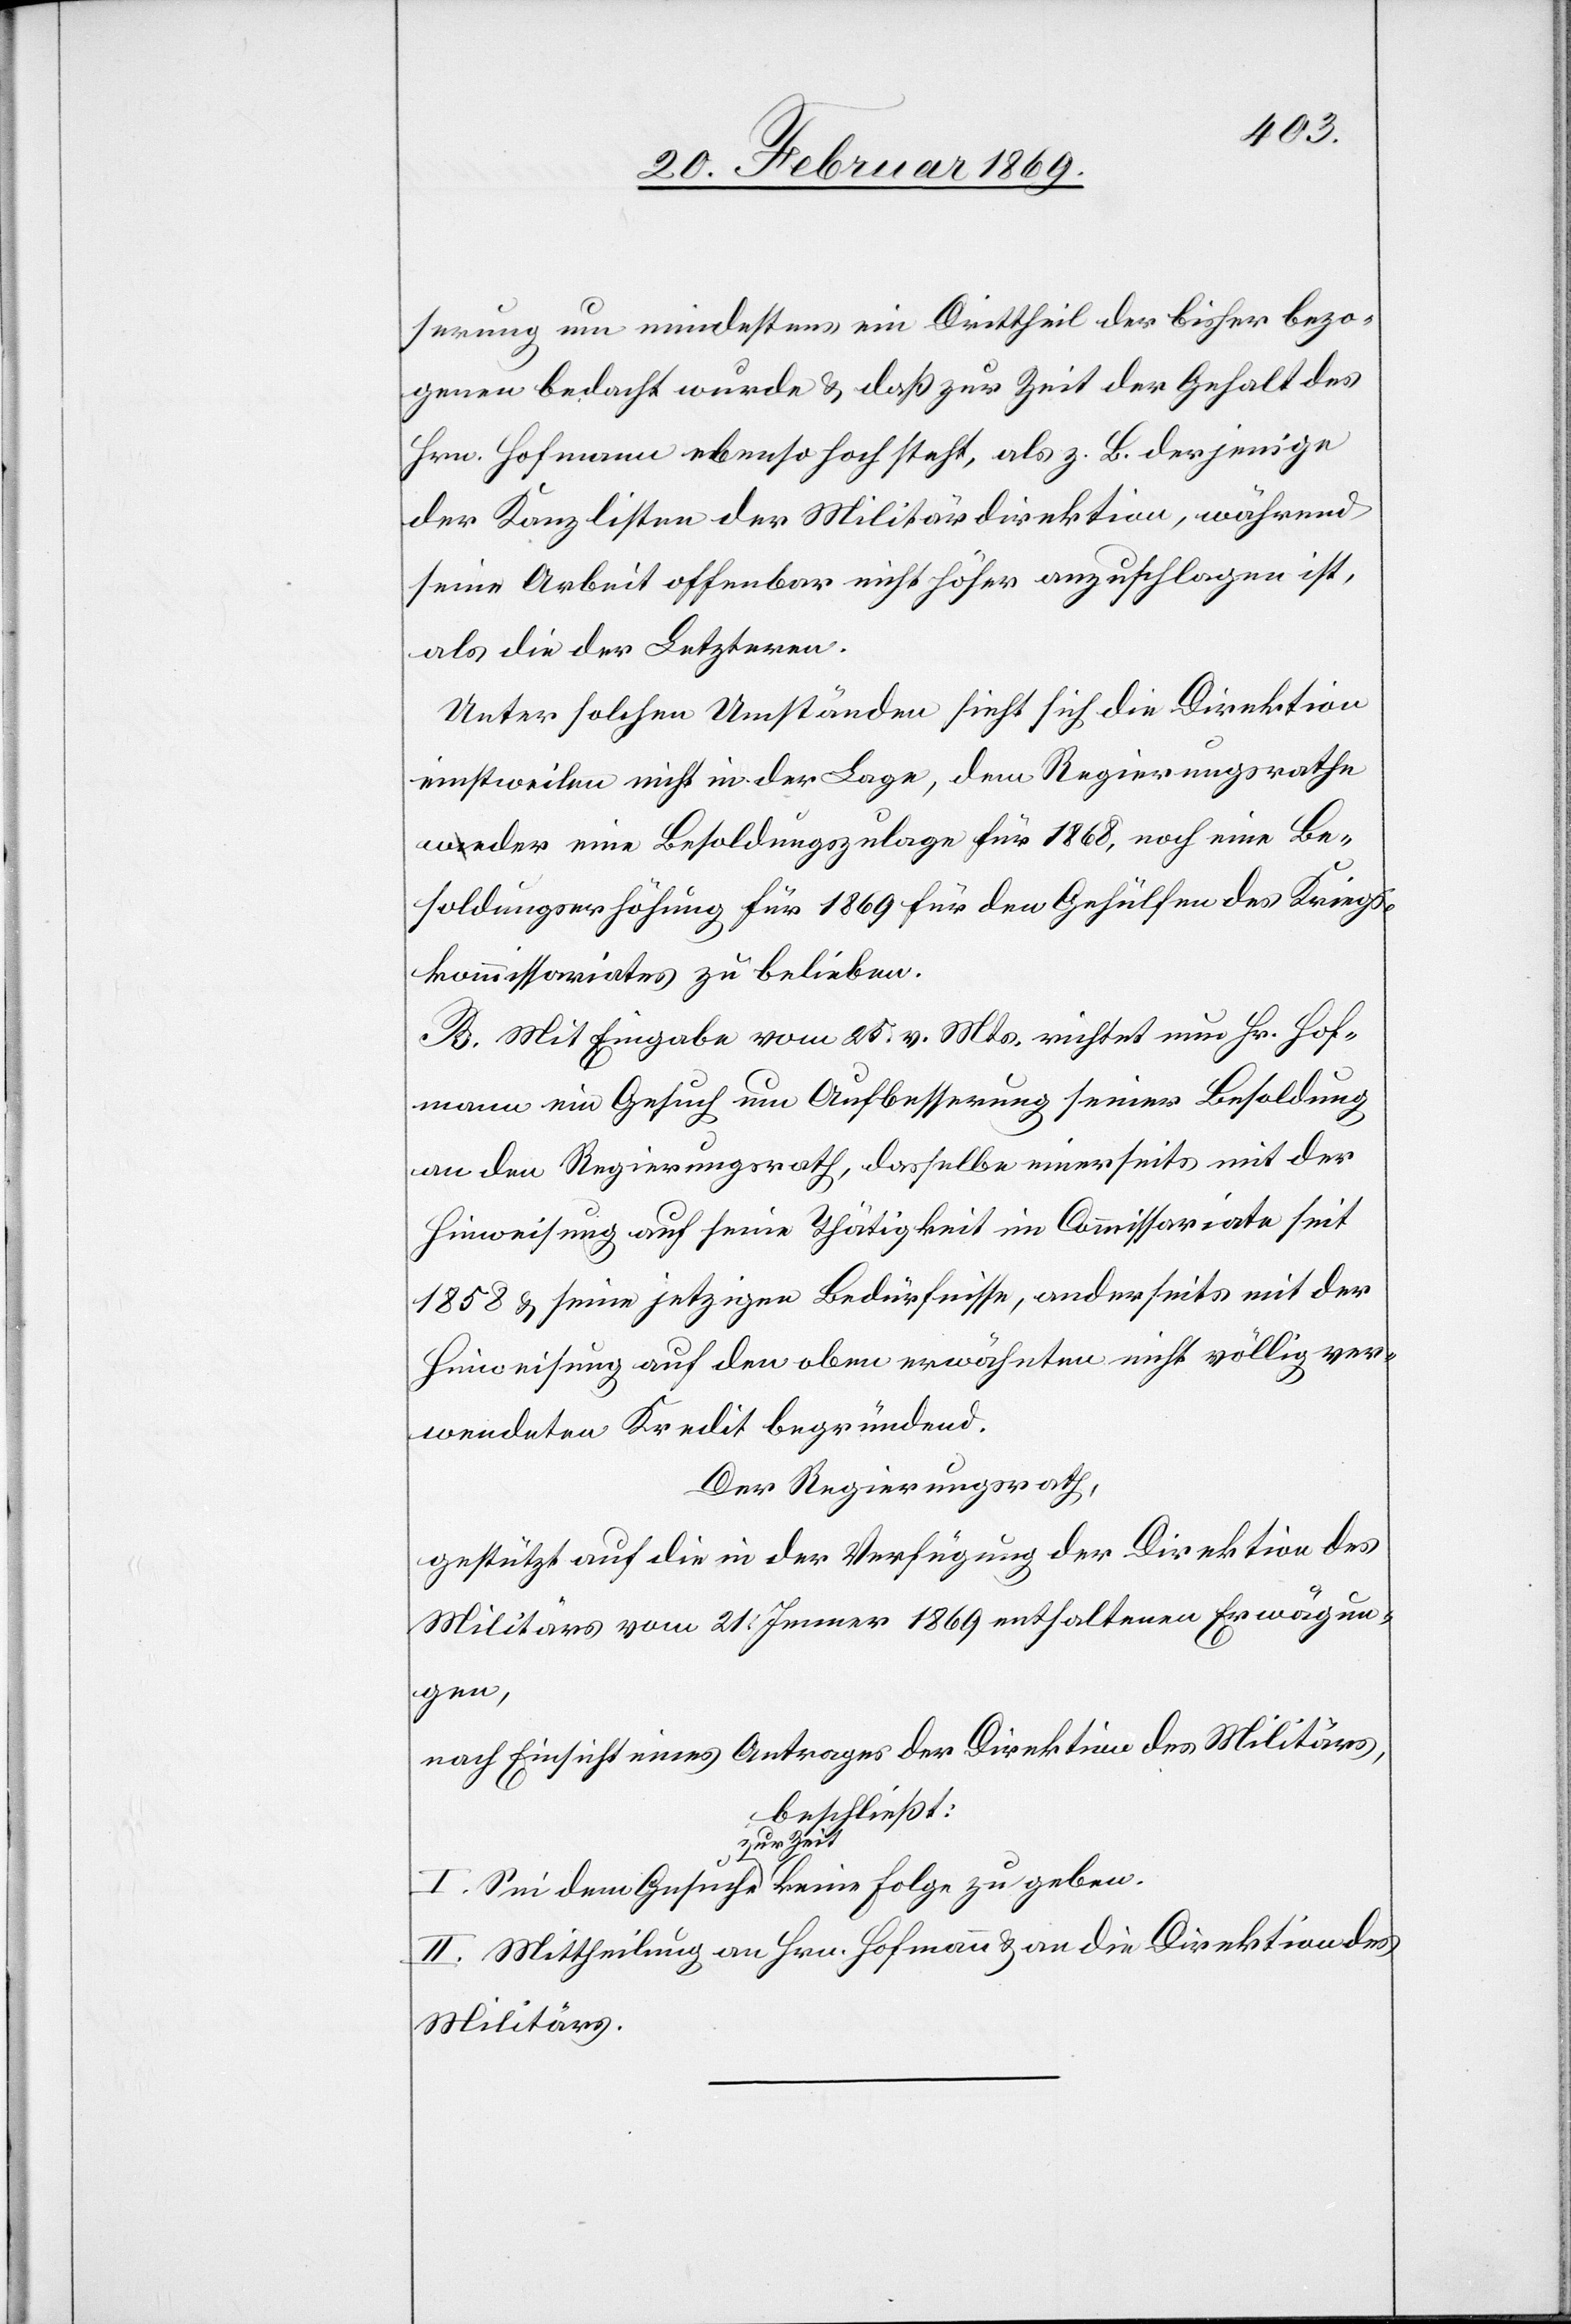
1868,
serung um mindestens ein Drittheil des bisher bezo¬
genen bedacht wurde & daß zur Zeit der Gehalt des
Hrn. Hofmann ebenso hoch steht, als z. B. derjenige
der Kanzlisten der Militärdirektion, während
seine Arbeit offenbar nicht höher anzuschlagen ist,
als die der Letzteren.
Unter solchen Umständen sieht sich die Direktion
einstweilen nicht in der Lage, dem Regierungsrathe
soldungserhöhung für 1869 für den Gehülfen des Kriegs¬
kommissariates zu belieben.
B. Mit Eingabe vom 25. v. Mts. richtet nun Hr. Hof¬
mann ein Gesuch um Aufbesserung seiner Besoldung
an den Regierungsrath, dasselbe einerseits mit der
Hinweisung auf seine Thätigkeit im Commissariate seit
1858 & seine jetzigen Bedürfnisse, anderseits mit der
Hinweisung auf den oben erwähnten nicht völlig ver¬
wendeten Kredit begründet.
Der Regierungsrath,
gestützt auf die in der Verfügung der Direktion des
Militärs vom 21. Jenner 1869 entfaltenen Erwägun¬
geben.
nach Einsicht eines Antrages der Direktion des Militärs,
beschließt:
zur Zeit
II. Mittheilung an Hrn. Hofmann u. an die Direktion des
Militärs.